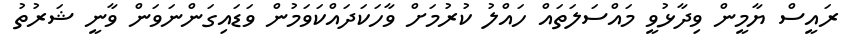
ރައީސް ޔާމީން ވިދާޅުވީ މައްސަލަތައް ހައްލު ކުރުމަށް ވާހަކަދައްކަވަމުން ވަޑައިގަންނަވަން ވާނީ ޝަރުތު